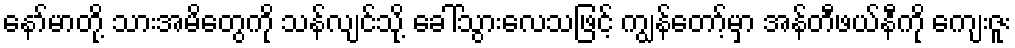
နော်မာတို့ သားအမိတွေကို သန်လျင်သို့ ခေါ်သွားလေသဖြင့် ကျွန်တော့်မှာ အန်တီဖယ်နီကို ကျေးဇူး